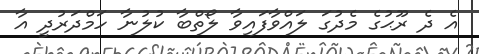
އެ ދެ ރޫޙުގެ މެދުގަ ލައްވާފައިވާ ލޯތްބާ ކުލުނާ ހަމްދަރުދީ އާ